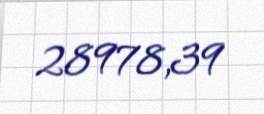
28978,39